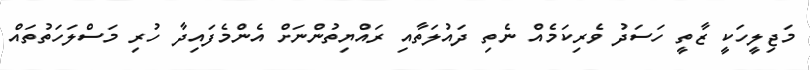
މަޖިލީހަކީ ޒާތީ ހަސަދު ވެރިކަމެއް ނެތި ދައުލަތާއި ރައްޔިތުންނަށް އެންމެފައިދާ ހުރި މަސްލަހަތުތައް